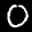
Label: 0